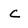
Character: c